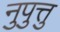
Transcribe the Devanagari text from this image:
नुपुत्तु